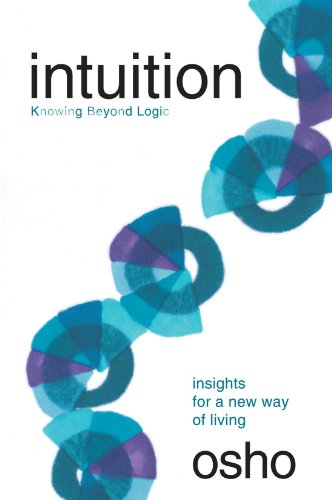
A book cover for Intuition: Knowing Beyond Logic; Osho; Religion & Spirituality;